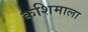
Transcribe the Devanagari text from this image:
कशिमाला